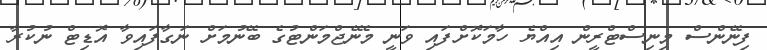
ފިނޭންސް މިނިސްޓްރީން އިއްޔެ ހާމަކޮށްފައި ވަނީ މެނޭޖްމަންޓުގެ ބޭނުމަށް ނަގާފައިވާ އޮޑިޓް ނުކުރާ